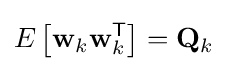
E\left[\mathbf {w} _{k}\mathbf {w} _{k}^{\textsf {T}}\right]=\mathbf {Q} _{k}